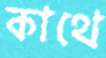
কাথে